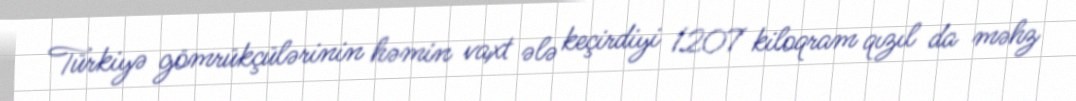
Türkiyə gömrükçülərinin həmin vaxt ələ keçirdiyi 1207 kiloqram qızıl da məhz